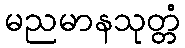
မညမာနသုတ္တံ